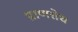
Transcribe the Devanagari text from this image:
प्राणरोध